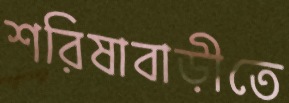
শরিষাবাড়ীতে